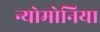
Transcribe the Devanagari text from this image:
न्योमोनिया